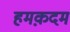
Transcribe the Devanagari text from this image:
हमक़दम